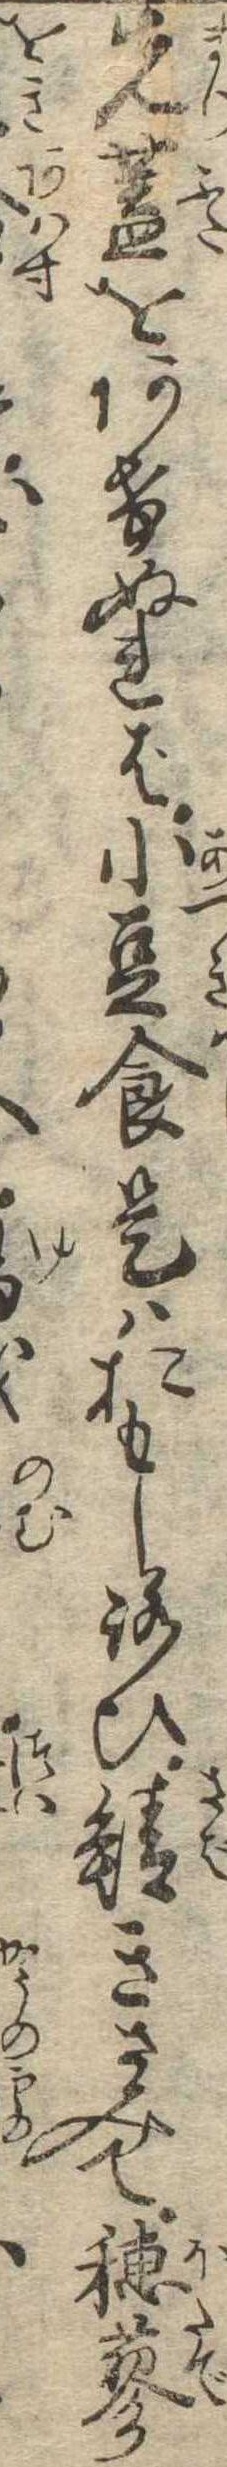
先蓋をあけぬれば小豆食是はおもしろひ鯖きさみて穂蓼